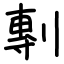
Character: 剸